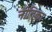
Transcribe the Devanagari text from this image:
नीतिका